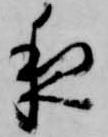
夜